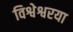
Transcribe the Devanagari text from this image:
विश्वेश्वरया